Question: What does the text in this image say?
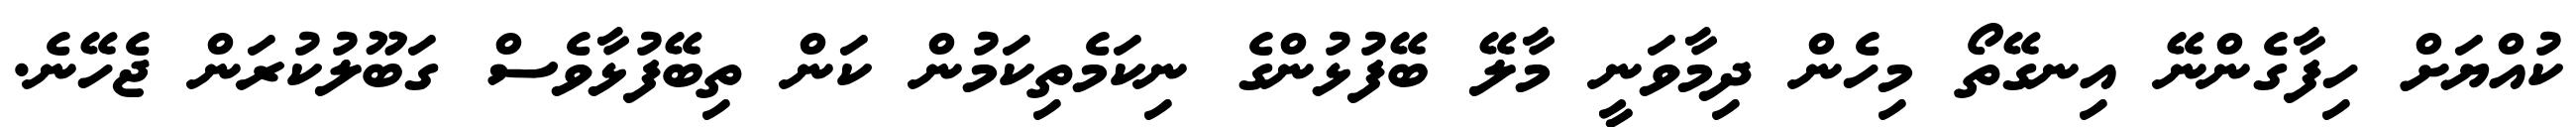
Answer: ކުއްޔަށް ހިފާގެންނޭ އިނގޭތޯ މިހެން ދިމާވަނީ މާލޭ ބޭފުޅުންގެ ނިކަމެތިކަމުން ކަން ތިބޭފުޅާވެސް ގަބޫލުކުރަން ޖެހޭނެ.